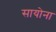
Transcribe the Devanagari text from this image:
सायोना